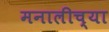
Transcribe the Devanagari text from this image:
मनालीच्या